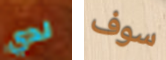
لدي سوف